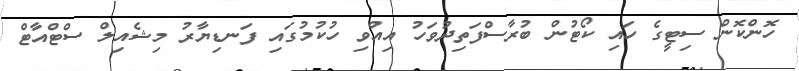
ހޮންކޮން ސިޓީގެ ހައި ކޯޓުން ބުރާސްފަތިދުވަހު އިއްވި ހުކުމުގައި ފަނޑިޔާރު މިޝެއިލް ސްޓްއާޓް